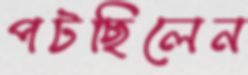
পটছিলেন